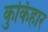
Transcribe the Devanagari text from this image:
कुर्किहार